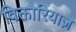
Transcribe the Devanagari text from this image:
विक्तोरियाज़